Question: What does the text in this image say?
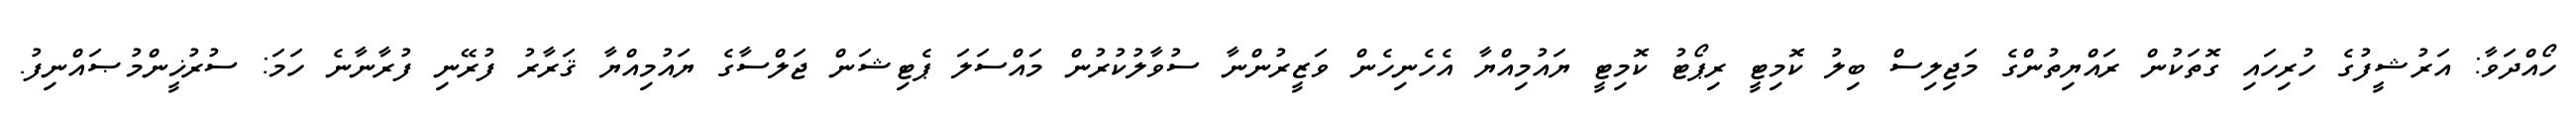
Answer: ހޯއްދަވާ: އަރުޝީފުގެ ހުރިހައި ގޮތަކުން ރައްޔިތުންގެ މަޖިލިސް ބިލު ކޮމިޓީ ރިޕޯޓު ކޮމިޓީ ޔައުމިއްޔާ އެހެނިހެން ވަޒީރުންނާ ސުވާލުކުރުން މައްސަލަ ޕެޓިޝަން ޖަލްސާގެ ޔައުމިއްޔާ ޤަރާރު ފުރޭނި ފުރާނާނެ ހަމަ: ސުރުޚީންމުޞައްނިފު.